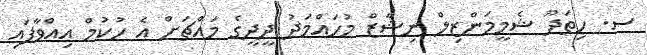
ސ. ހިތަދޫ ޝެމީމަންޒިލް ނިޝާޒް މުހައްމަދު ދީދީގެ މައްޗަށް އެ ހުކުމް އިއްވާފައި